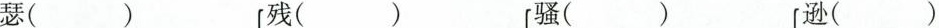
瑟( ) 残( ) 骚( ) 逊()